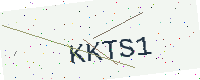
Text: KKTS1